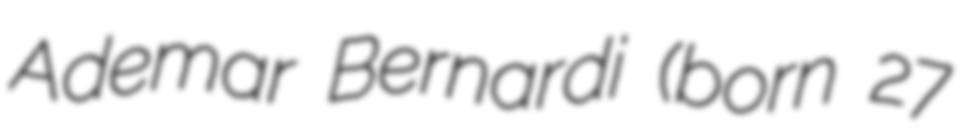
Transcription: Ademar Bernardi (born 27